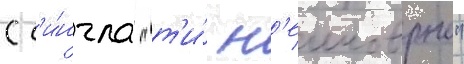
С с'и́нгла "т'и́ н'еимоврна"